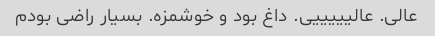
عالی. عالیییییی. داغ بود و خوشمزه. بسیار راضی بودم